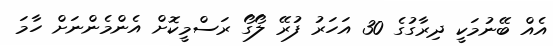
އެއް ބޭނުމަކީ ދިރާގުގެ 30 އަހަރު ފުރޭ ލޯގޯ ރަސްމީކޮށް އެންމެންނަށް ހާމަ